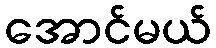
အောင်မယ်